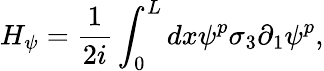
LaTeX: H_{\psi}=\frac{1}{2i}\int_{0}^{L}dx\psi^{p}\sigma_{3}\partial_{1}\psi^{p},